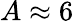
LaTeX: A\approx 6